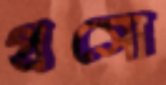
প্রসো